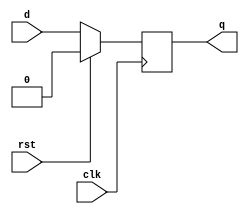
module dff (clk, rst, q, d);

    input d;
    input clk, rst;
    output q;

    reg ff_out;

    assign #(1) q = ff_out;

    always @(posedge clk) begin
      ff_out = rst? 0 : d;
    end

endmodule
// DUMMY LINE FOR REV CONTROL :0: